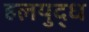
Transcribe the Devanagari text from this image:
हलयुद्ध